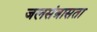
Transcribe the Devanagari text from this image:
जलसंत्रासता